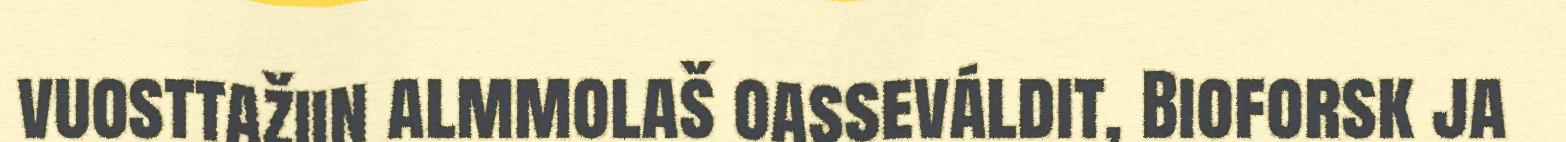
vuosttažiin almmolaš oasseváldit, Bioforsk ja